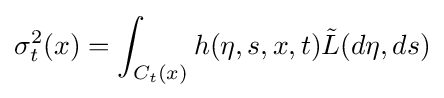
\sigma _{t}^{2}(x)=\int _{C_{t}(x)}h(\eta ,s,x,t){\tilde {L}}(d\eta ,ds)